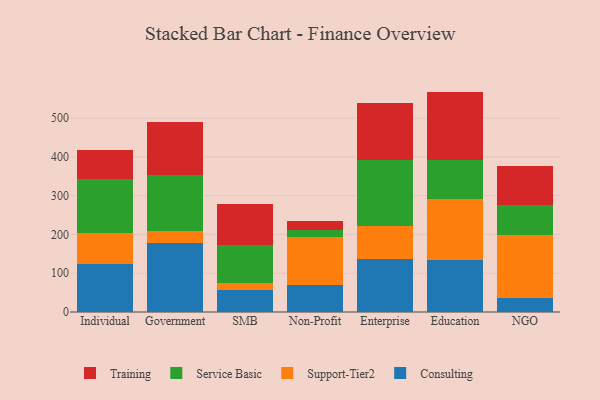
{"axis": {"x": "Segment", "y": "Operating Costs (USD K)"}, "legend": ["Consulting", "Service Basic", "Support-Tier2", "Training"], "data": [{"x": "Individual", "y": 124.9, "type": "Consulting"}, {"x": "Individual", "y": 79.6, "type": "Support-Tier2"}, {"x": "Individual", "y": 138.4, "type": "Service Basic"}, {"x": "Individual", "y": 74.3, "type": "Training"}, {"x": "Government", "y": 177.4, "type": "Consulting"}, {"x": "Government", "y": 31.5, "type": "Support-Tier2"}, {"x": "Government", "y": 144.5, "type": "Service Basic"}, {"x": "Government", "y": 135.9, "type": "Training"}, {"x": "SMB", "y": 55.6, "type": "Consulting"}, {"x": "SMB", "y": 20.1, "type": "Support-Tier2"}, {"x": "SMB", "y": 98.2, "type": "Service Basic"}, {"x": "SMB", "y": 103.6, "type": "Training"}, {"x": "Non-Profit", "y": 69.7, "type": "Consulting"}, {"x": "Non-Profit", "y": 124.8, "type": "Support-Tier2"}, {"x": "Non-Profit", "y": 16.7, "type": "Service Basic"}, {"x": "Non-Profit", "y": 23.9, "type": "Training"}, {"x": "Enterprise", "y": 137.8, "type": "Consulting"}, {"x": "Enterprise", "y": 83.6, "type": "Support-Tier2"}, {"x": "Enterprise", "y": 171.1, "type": "Service Basic"}, {"x": "Enterprise", "y": 145.1, "type": "Training"}, {"x": "Education", "y": 134.3, "type": "Consulting"}, {"x": "Education", "y": 157.2, "type": "Support-Tier2"}, {"x": "Education", "y": 100.0, "type": "Service Basic"}, {"x": "Education", "y": 176.6, "type": "Training"}, {"x": "NGO", "y": 36.7, "type": "Consulting"}, {"x": "NGO", "y": 161.8, "type": "Support-Tier2"}, {"x": "NGO", "y": 77.5, "type": "Service Basic"}, {"x": "NGO", "y": 99.2, "type": "Training"}]}